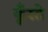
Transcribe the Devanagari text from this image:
कूँस्ते